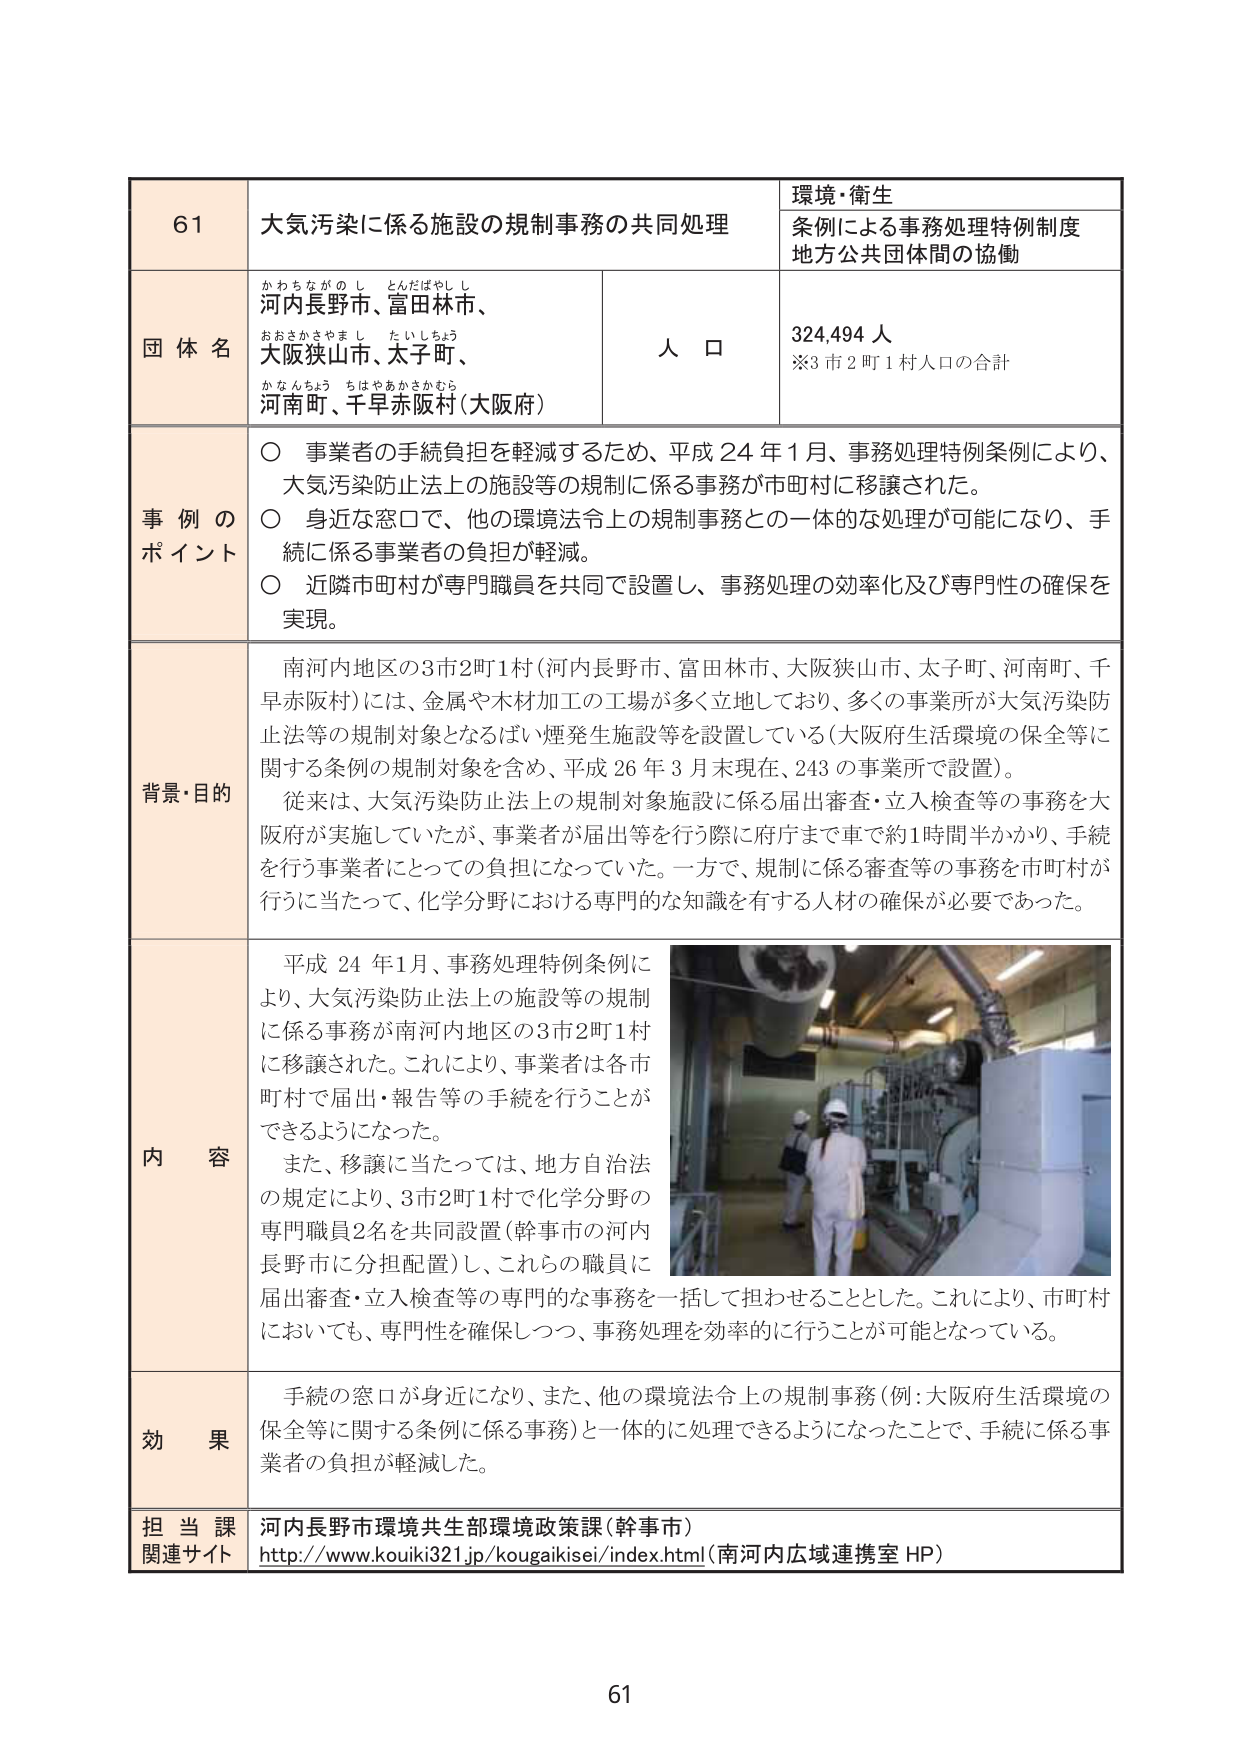
61
大気汚染に係る施設の規制事務の共同処理
環境・衛生
条例による事務処理特例制度
地方公共団体間の協働
団体名
河内長野市、富田林市、
大阪狭山市、太子町、
河南町、千早赤阪村（大阪府）
人口
324,494人
※3市2町1村人口の合計
事例のポイント
○ 事業者の手続負担を軽減するため、平成24年1月、事務処理特例条例により、
大気汚染防止法上の施設等の規制に係る事務が市町村に移譲された。
○ 身近な窓口で、他の環境法令上の規制事務との一体的な処理が可能になり、手
続に係る事業者の負担が軽減。
○ 近隣市町村が専門職員を共同で設置し、事務処理の効率化及び専門性の確保を
実現。
背景・目的
南河内地区の3市2町1村（河内長野市、富田林市、大阪狭山市、太子町、河南町、千
早赤阪村）には、金属や木材加工の工場が多く立地しており、多くの事業所が大気汚染防
止法等の規制対象となるばい煙発生施設等を設置している（大阪府生活環境の保全等に
関する条例の規制対象を含め、平成26年3月末現在、243の事業所で設置）。
従来は、大気汚染防止法上の規制対象施設に係る届出審査・立入検査等の事務を大
阪府が実施していたが、事業者が届出等を行う際に府庁まで車で約1時間半かかり、手続
を行う事業者にとっての負担になっていた。一方で、規制に係る審査等の事務を市町村が
行うに当たって、化学分野における専門的な知識を有する人材の確保が必要であった。
内容
平成24年1月、事務処理特例条例に
より、大気汚染防止法上の施設等の規制
に係る事務が南河内地区の3市2町1村
に移譲された。これにより、事業者は各市
町村で届出・報告等の手続を行うことが
できるようになった。
また、移譲に当たっては、地方自治法
の規定により、3市2町1村で化学分野の
専門職員2名を共同設置（幹事市の河内
長野市に分担配置）し、これらの職員に
届出審査・立入検査等の専門的な事務を一括して担わせることとした。これにより、市町村
においても、専門性を確保しつつ、事務処理を効率的に行うことが可能となっている。
効果
手続の窓口が身近になり、また、他の環境法令上の規制事務（例：大阪府生活環境の
保全等に関する条例に係る事務）と一体的に処理できるようになったことで、手続に係る事
業者の負担が軽減した。
担当課
河内長野市環境共生部環境政策課（幹事市）
関連サイト
http://www.kouiki321.jp/kougaikisei/index.html（南河内広域連携室HP）
61